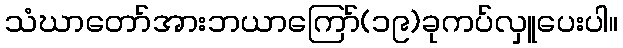
သံဃာတော်အားဘယာကြော်(၁၉)ခုကပ်လှူပေးပါ။